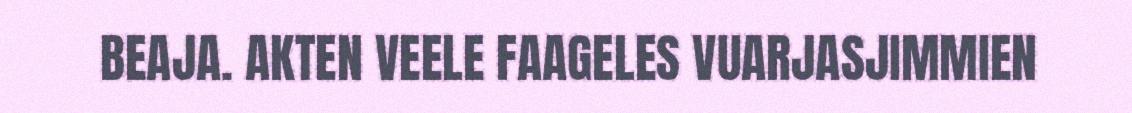
BEAJA. AKTEN VEELE FAAGELES VUARJASJIMMIEN